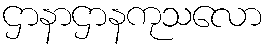
ဌာနာဌာနကုသလော